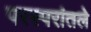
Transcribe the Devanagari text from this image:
परस्परांतले